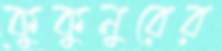
কুকুনুরের